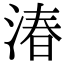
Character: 湷